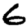
Digit: 6